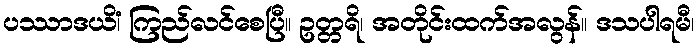
ပဿာဒယိံ၊ ကြည်လင်စေပြီ။ ဥတ္တရိ၊ အတိုင်းထက်အလွန်။ ဒသပါရမီ၊